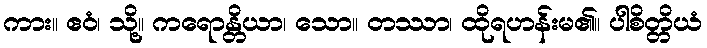
ကား။ ဧဝံ၊ သို့။ ကရောန္တိယာ၊ သော။ တဿာ၊ ထိုရဟန်းမ၏။ ပါစိတ္တိယံ